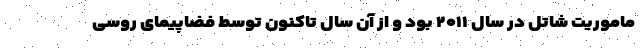
ماموریت شاتل در سال ۲۰۱۱ بود و از آن سال تاکنون توسط فضاپیمای روسی